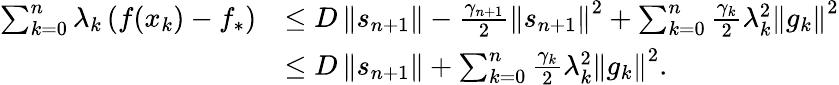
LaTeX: \begin{array}{rl}{\sum_{k=0}^{n}\lambda_{k}\left(f(x_{k})-f_{*}\right)}&{\leq D\left\Vert s_{n+1}\right\Vert-\frac{\gamma_{n+1}}{2}\left\Vert s_{n+1}\right\Vert^{2}+\sum_{k=0}^{n}\frac{\gamma_{k}}{2}\lambda_{k}^{2}\left\Vert g_{k}\right\Vert^{2}}\\ &{\le D\left\Vert s_{n+1}\right\Vert+\sum_{k=0}^{n}\frac{\gamma_{k}}{2}\lambda_{k}^{2}\left\Vert g_{k}\right\Vert^{2}.}\end{array}